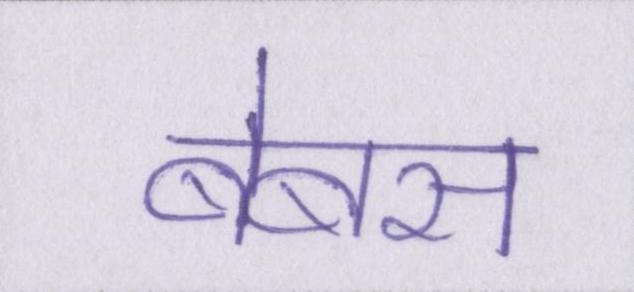
बेबस